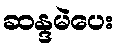
ဆန္ဒမဲပေး